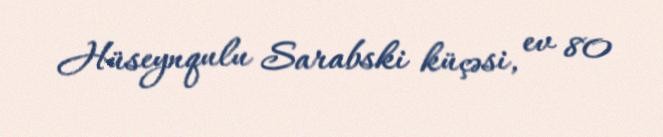
Hüseynqulu Sarabski küçəsi, ev 80